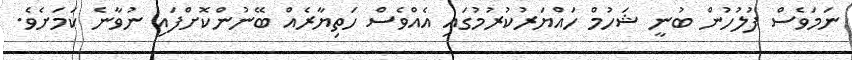
ނަމަވެސް ފުލުހުން ބުނީ ޝަހުމް ހައްޔަރުކުރުމުގައި އެއްވެސް ހަތިޔާރެއް ބޭނުންކޮށްފައި ނުވާނެ ކަމަށެވެ.